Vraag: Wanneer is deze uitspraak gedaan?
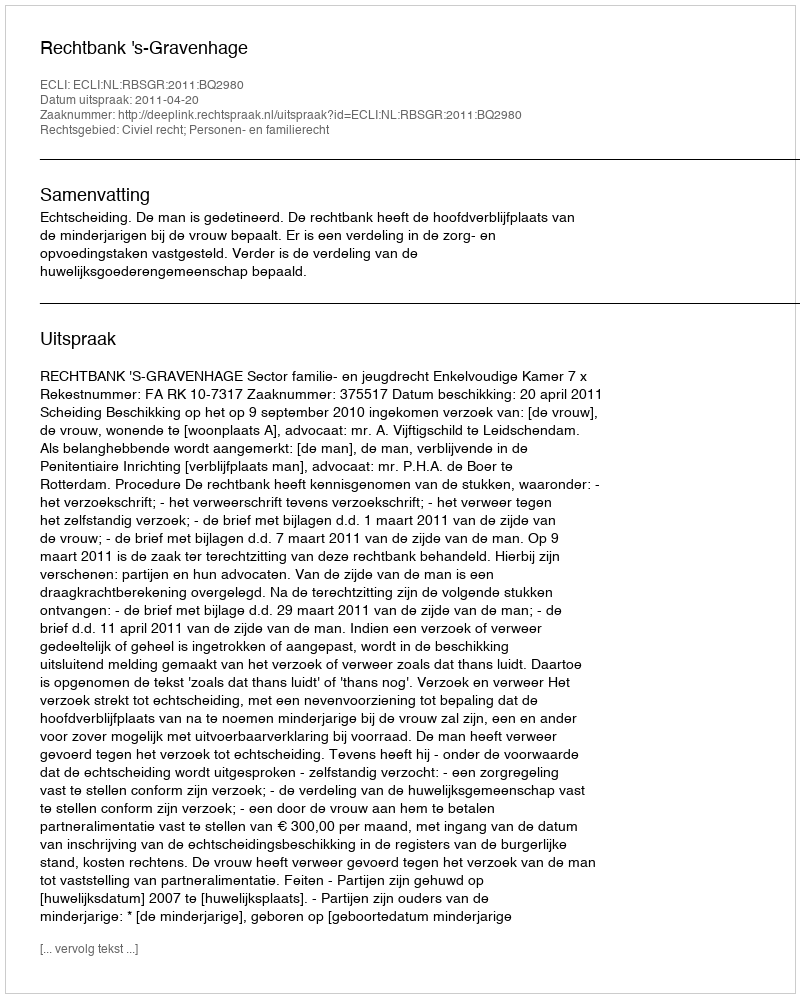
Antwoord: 2011-04-20